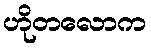
ဟိုတလောက